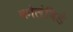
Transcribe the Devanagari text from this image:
कोलंबिडे